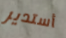
أستدير